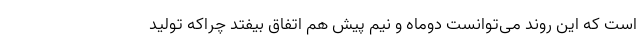
است که این روند می‌توانست دوماه و نیم پیش هم اتفاق بیفتد چراکه تولید